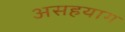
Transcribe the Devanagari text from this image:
असहयाग